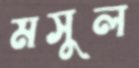
মসুল